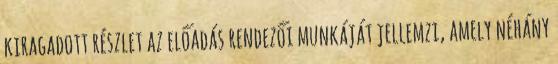
kiragadott részlet az előadás rendezői munkáját jellemzi, amely néhány